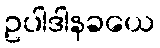
ဥပါဒါနခယေ